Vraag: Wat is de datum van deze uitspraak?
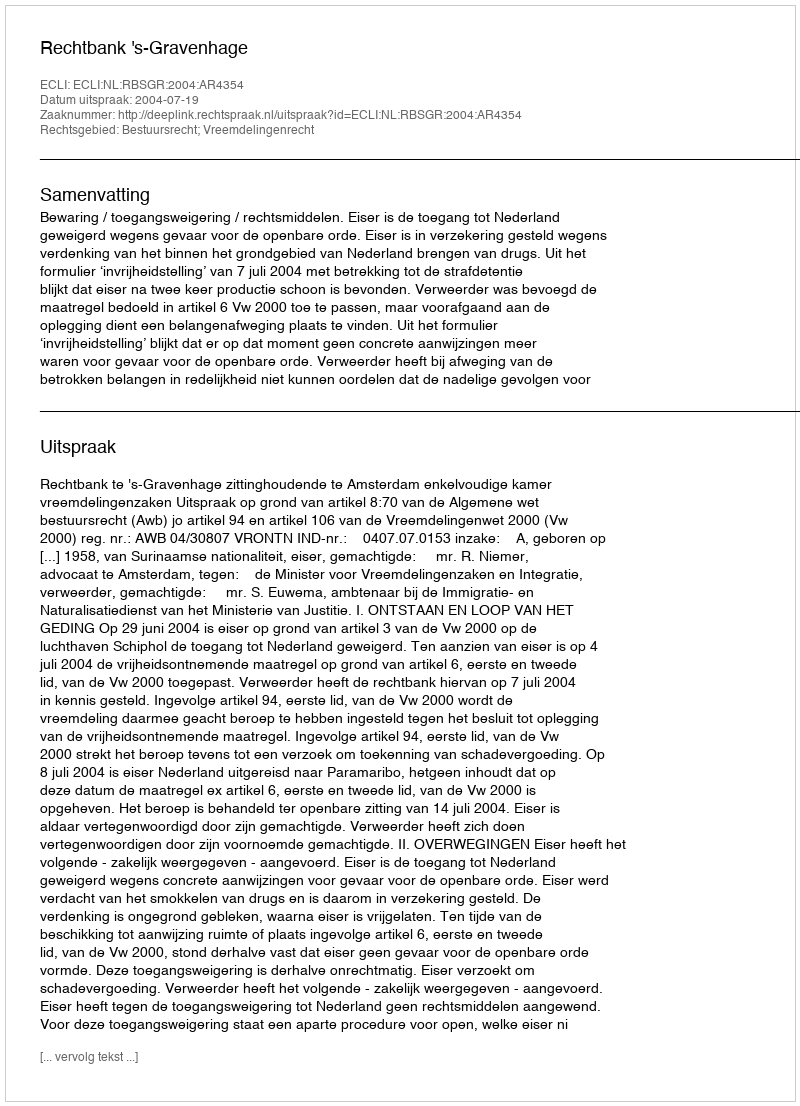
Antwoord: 2004-07-19